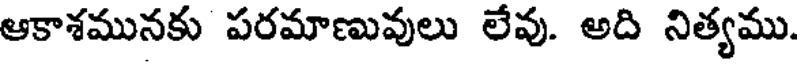
ఆకాశమునకు పరమాణువులు లేవు. అది నిత్యము.